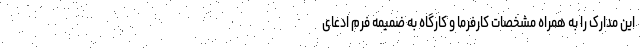
این مدارک را به همراه مشخصات کارفرما و کارگاه به ضمیمه فرم ادعای